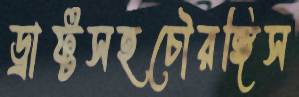
ড্রাফ্টসহচৌরঙ্গিস